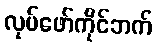
လုပ်ဖော်ကိုင်ဘက်